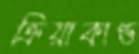
ক্রিয়াকাণ্ড